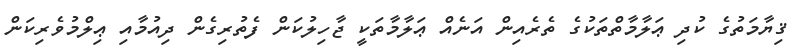
ޤިޔާމަތުގެ ކުދި ޢަލާމާތްތަކުގެ ތެރެއިން އަނެއް ޢަލާމާތަކީ ޖާހިލުކަން ފެތުރިގެން ދިއުމާއި ޢިލްމުވެރިކަން